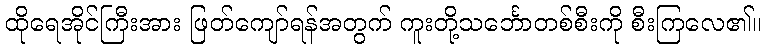
ထိုရေအိုင်ကြီးအား ဖြတ်ကျော်ရန်အတွက် ကူးတို့သင်္ဘောတစ်စီးကို စီးကြလေ၏။